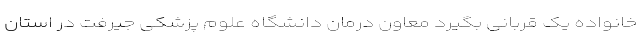
خانواده یک قربانی بگیرد معاون درمان دانشگاه علوم پزشکی جیرفت در استان